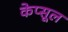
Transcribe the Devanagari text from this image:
केप्सूल